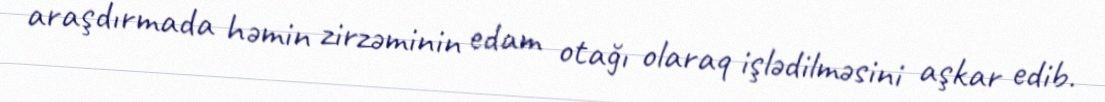
araşdırmada həmin zirzəminin edam otağı olaraq işlədilməsini aşkar edib.